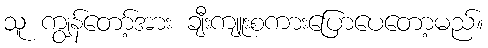
သူ ကျွန်တော့်အား ချီးကျူးစကားပြောပေတော့မည်။